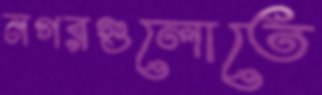
নগরগুলোতে